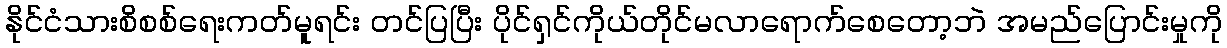
နိုင်ငံသားစိစစ်ရေးကတ်မူရင်း တင်ပြပြီး ပိုင်ရှင်ကိုယ်တိုင်မလာရောက်စေတော့ဘဲ အမည်ပြောင်းမှုကို